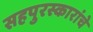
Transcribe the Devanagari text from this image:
सहपुरस्कारांचे